Report of the Indian Hemp Drugs Commission, 1894-1895 - Volume IV
Year: 1894
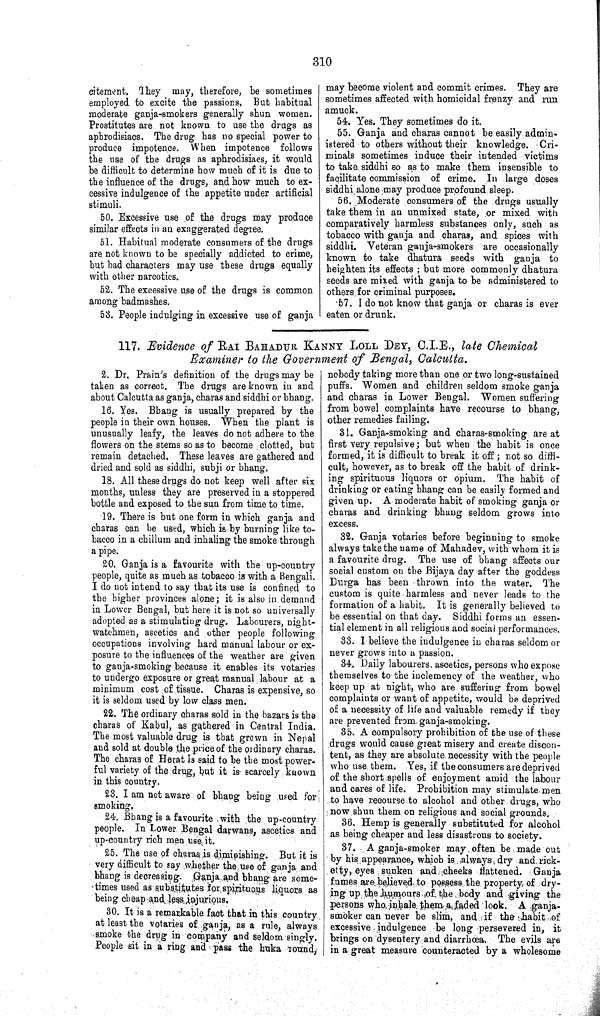
310
citement. They may, therefore, be sometimes
employed to excite the passions. But habitual
moderate ganja-smokers generally shun women.
Prostitutes are not known to use the drugs as
aphrodisiacs. The drug has no special power to
produce impotence. When impotence follows
the use of the drugs as aphrodisiacs, it would
be difficult to determine how much of it is due to
the influence of the drugs, and how much to ex-
cessive indulgence of the appetite under artificial
stimuli.
50. Excessive use of the drugs may produce
similar effects in an exaggerated degree.
51. Habitual moderate consumers of the drugs
are not known to be specially addicted to crime,
but bad characters may use these drugs equally
with other narcotics.
52. The excessive use of the drugs is common
among badmashes.
53. People indulging in excessive use of ganja
may become violent and commit crimes. They are
sometimes affected with homicidal frenzy and run
amuck.
54. Yes. They sometimes do it.
55. Ganja and charas cannot be easily admin-
istered to others without their knowledge. Cri-
minals sometimes induce their intended victims
to take siddhi so as to make them insensible to
facilitate commission of crime. In large doses
siddhi alone may produce profound sleep.
56. Moderate consumers of the drugs usually
take them in an unmixed state, or mixed with
comparatively harmless substances only, such as
tobacco with ganja and charas, and spices with
siddhi. Veteran ganja-smokers are occasionally
known to take dhatura seeds with ganja to
heighten its effects; but more commonly dhatura
seeds are mixed with ganja to be administered to
others for criminal purposes.
57. I do not know that ganja or charas is ever
eaten or drunk.
117. Evidence of RAI BAHADUR KANNY LOLL DEY, C.I.E., late Chemical
Examiner to the Government of Bengal, Calcutta.
2. Dr. Prain's definition of the drugs may be
taken as correct. The drugs are known in and
about Calcutta as ganja, charas and siddhi or bhang.
16. Yes. Bhang is usually prepared by the
people in their own houses. When the plant is
unusually leafy, the leaves do not adhere to the
flowers on the stems so as to become clotted, but
remain detached. These leaves are gathered and
dried and sold as siddhi, subji or bhang.
18. All these drugs do not keep well after six
months, unless they are preserved in a stoppered
bottle and exposed to the sun from time to time.
19. There is but one form in which ganja and
charas can be used, which is by burning like to-
bacco in a chillum and inhaling the smoke through
a pipe.
20. Ganja is a favourite with the up-country
people, quite as much as tobacco is with a Bengali.
I do not intend to say that its use is confined to
the higher provinces alone; it is also in demand
in Lower Bengal, but here it is not so universally
adopted as a stimulating drug. Labourers, night-
watchmen, ascetics and other people following
occupations involving hard manual labour or ex-
posure to the influences of the weather are given
to ganja-smoking because it enables its votaries
to undergo exposure or great manual labour at a
minimum cost of tissue. Charas is expensive, so
it is seldom used by low class men.
22. The ordinary charas sold in the bazars is the
charas of Kabul, as gathered in Central India.
The most valuable drug is that grown in Nepal
and sold at double the price of the ordinary charas.
The charas of Herat is said to be the most power-
ful variety of the drug, but it is scarcely known
in this country.
23. I am not aware of bhang being used for
smoking.
24. Bhang is a favourite with the up-country
people. In Lower Bengal darwans, ascetics and
up-country rich men use it.
25. The use of charas is diminishing. But it is
very difficult to say whether the use of ganja and
bhang is decreasing. Ganja and bhang are some-
times used as substitutes for spirituous liquors as
being cheap and less injurious.
30. It is a remarkable fact that in this country
at least the votaries of ganja, as a rule, always
smoke the drug in company and seldom singly.
People sit in a ring and pass the huka round,
nobody taking more than one or two long-sustained
puffs. Women and children seldom smoke ganja
and charas in Lower Bengal. Women suffering
from bowel complaints have recourse to bhang,
other remedies failing.
31. Ganja-smoking and charas-smoking are at
first very repulsive; but when the habit is once
formed, it is difficult to break it off; not so diffi-
cult, however, as to break off the habit of drink-
ing spirituous liquors or opium. The habit of
drinking or eating bhang can be easily formed and
given up. A moderate habit of smoking ganja or
charas and drinking bhang seldom grows into
excess.
32. Ganja votaries before beginning to smoke
always take the name of Mahadev, with whom it is
a favourite drug. The use of bhang affects our
social custom on the Bijaya day after the goddess
Durga has been thrown into the water. The
custom is quite harmless and never leads to the
formation of a habit. It is generally believed to
be essential on that day. Siddhi forms an essen-
tial element in all religious and social performances.
33. I believe the indulgence in charas seldom or
never grows into a passion.
34. Daily labourers ascetics, persons who expose
themselves to the inclemency of the weather, who
keep up at night, who are suffering from bowel
complaints or want of appetite, would be deprived
of a necessity of life and valuable remedy if they
are prevented from, ganja-smoking.
35. A compulsory prohibition of the use of these
drugs would cause great misery and create discon-
tent, as they are absolute necessity with the people
who use them. Yes, if the consumers are deprived
of the short spells of enjoyment amid the labour
and cares of life. Prohibition may stimulate men
to have recourse to alcohol and other drugs, who
now shun them on religious and social grounds.
36. Hemp is generally substituted for alcohol
as being cheaper and less disastrous to society.
37. A ganja-smoker may often be made out
by his appearance, which is always dry and rick-
etty, eyes sunken and cheeks flattened. Ganja
fumes are believed to possess the property of dry-
ing up the humours of the body and giving the
persons who inhale them a faded look. A ganja-
smoker can never be slim, and if the habit of
excessive indulgence be long persevered in, it
brings on dysentery and diarrhœa. The evils are
in a great measure counteracted by a wholesome